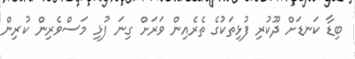
ބިޑާ ކަނޑަށް ދޫކުރި ފުޅިތަކުގެ ތެރެއިން ވަރަށް ގިނަ ފުޅި މަސްވެރިން ކުރިން